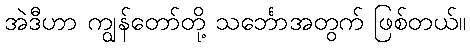
အဲဒီဟာ ကျွန်တော်တို့ သင်္ဘောအတွက် ဖြစ်တယ်။